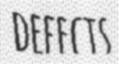
DEFECTS